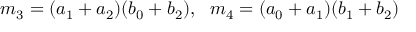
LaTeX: m _ { 3 } = ( a _ { 1 } + a _ { 2 } ) ( b _ { 0 } + b _ { 2 } ) , \ \ m _ { 4 } = ( a _ { 0 } + a _ { 1 } ) ( b _ { 1 } + b _ { 2 } )